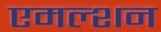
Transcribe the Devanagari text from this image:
एमल्शन